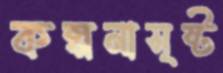
কল্পনাসৃষ্ট